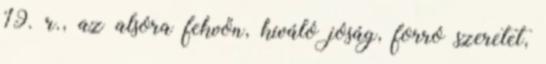
19. r., az alsóra fekvőn, kiváló jóság, forró szeretet,